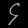
Digit: ၄